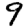
Digit: 9